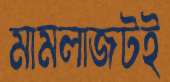
মামলাজটই